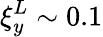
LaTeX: \xi_{y}^{L}\sim 0.1